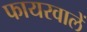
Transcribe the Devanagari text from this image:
फायरवालें